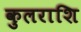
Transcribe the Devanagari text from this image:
कुलराशि